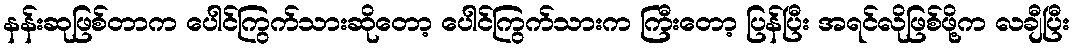
နန်းဆုဖြစ်တာက ပေါင်ကြွက်သားဆိုတော့ ပေါင်ကြွက်သားက ကြီးတော့ ပြန်ပြီး အရင်လိုဖြစ်ဖို့က လချီပြီး